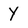
Character: Y